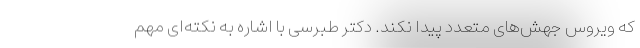
که ویروس جهش‌های متعدد پیدا نکند. دکتر طبرسی با اشاره به نکته‌ای مهم